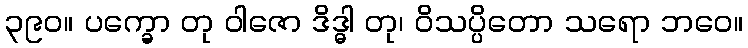
၃၉၀။ ပက္ခော တု ဝါဇော ဒိဒ္ဓါ တု၊ ဝိသပ္ပိတော သရော ဘဝေ။